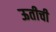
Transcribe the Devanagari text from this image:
ऊतीची